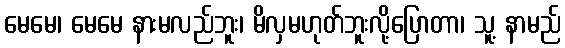
မေမေ၊ မေမေ နားမလည်ဘူး၊ မိလှမဟုတ်ဘူးလို့ပြောတာ၊ သူ့ နာမည်